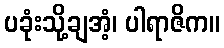
ပခုံးသို့ချအံ့၊ ပါရာဇိက။